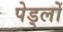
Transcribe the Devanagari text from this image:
पेड्लों